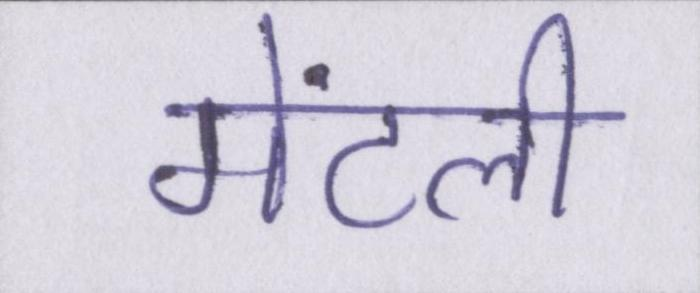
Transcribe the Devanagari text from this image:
मेंटली